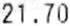
21.70